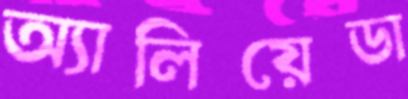
অ্যালিয়েডা